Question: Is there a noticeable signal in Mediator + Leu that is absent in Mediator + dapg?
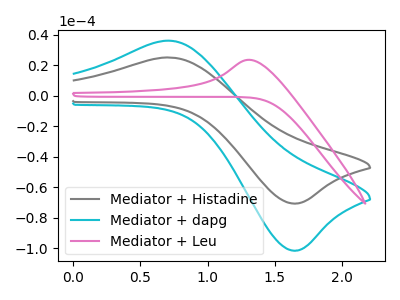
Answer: <think>The gray curve "Mediator + Histadine" has an anodic peak at (0.70V, 25.15uA) and a cathodic peak at (1.65V, -70.65uA). The cyan curve "Mediator + dapg" has an anodic peak at (0.70V, 36.15uA) and a cathodic peak at (1.65V, -101.55uA). The pink curve "Mediator + Leu" has an anodic peak at: (1.30V, 23.60uA).
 "Mediator + Leu" and "Mediator + dapg" have a different number of peaks.</think>
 <answer>Yes, "Mediator + Leu" and "Mediator + dapg" are different in shape.</answer>
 <eval>yes_change</eval>